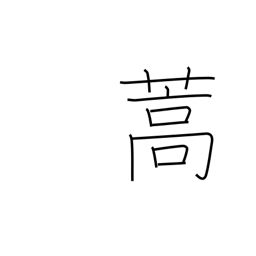
Meaning: mugwort